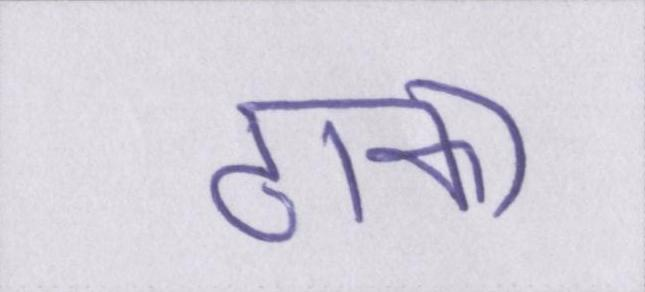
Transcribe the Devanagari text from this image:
ढाका